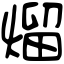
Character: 熘